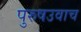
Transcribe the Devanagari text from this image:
पुरुषउवाच